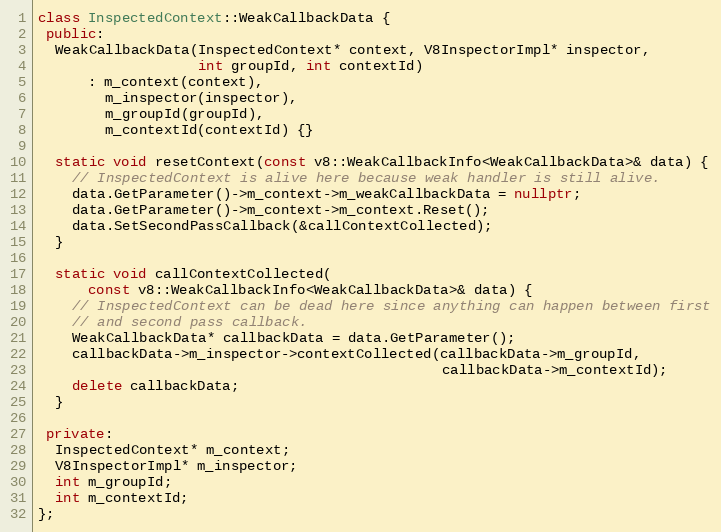
Language: C++
class InspectedContext::WeakCallbackData {
 public:
  WeakCallbackData(InspectedContext* context, V8InspectorImpl* inspector,
                   int groupId, int contextId)
      : m_context(context),
        m_inspector(inspector),
        m_groupId(groupId),
        m_contextId(contextId) {}

  static void resetContext(const v8::WeakCallbackInfo<WeakCallbackData>& data) {
    // InspectedContext is alive here because weak handler is still alive.
    data.GetParameter()->m_context->m_weakCallbackData = nullptr;
    data.GetParameter()->m_context->m_context.Reset();
    data.SetSecondPassCallback(&callContextCollected);
  }

  static void callContextCollected(
      const v8::WeakCallbackInfo<WeakCallbackData>& data) {
    // InspectedContext can be dead here since anything can happen between first
    // and second pass callback.
    WeakCallbackData* callbackData = data.GetParameter();
    callbackData->m_inspector->contextCollected(callbackData->m_groupId,
                                                callbackData->m_contextId);
    delete callbackData;
  }

 private:
  InspectedContext* m_context;
  V8InspectorImpl* m_inspector;
  int m_groupId;
  int m_contextId;
};